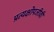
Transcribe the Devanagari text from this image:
प्रत्यक्षोपजीवी